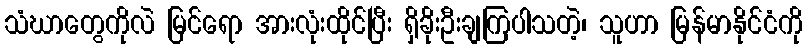
သံဃာတွေကိုလဲ မြင်ရော အားလုံးထိုင်ပြီး ရှိခိုးဦးချကြပါသတဲ့၊ သူဟာ မြန်မာနိုင်ငံကို